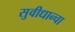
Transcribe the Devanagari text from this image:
सुवीधान्चा